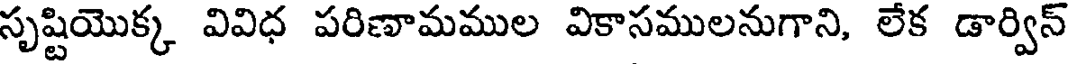
సృష్టియొక్క వివిధ పరిణామముల వికాసములనుగాని, లేక డార్విన్